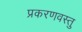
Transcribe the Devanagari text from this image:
प्रकरणवस्तु